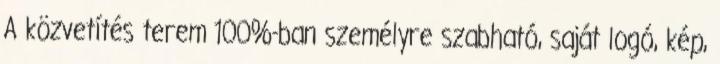
A közvetítés terem 100%-ban személyre szabható, saját logó, kép,